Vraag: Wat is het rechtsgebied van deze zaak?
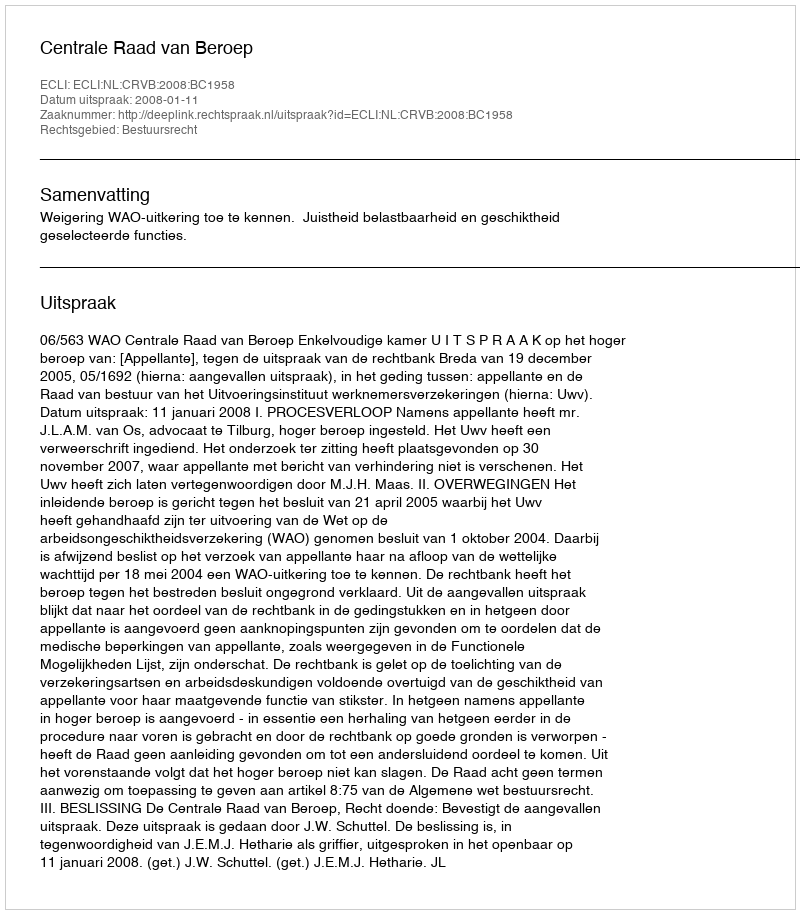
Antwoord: Bestuursrecht